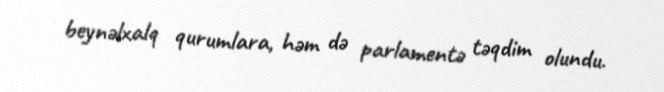
beynəlxalq qurumlara, həm də parlamentə təqdim olundu.